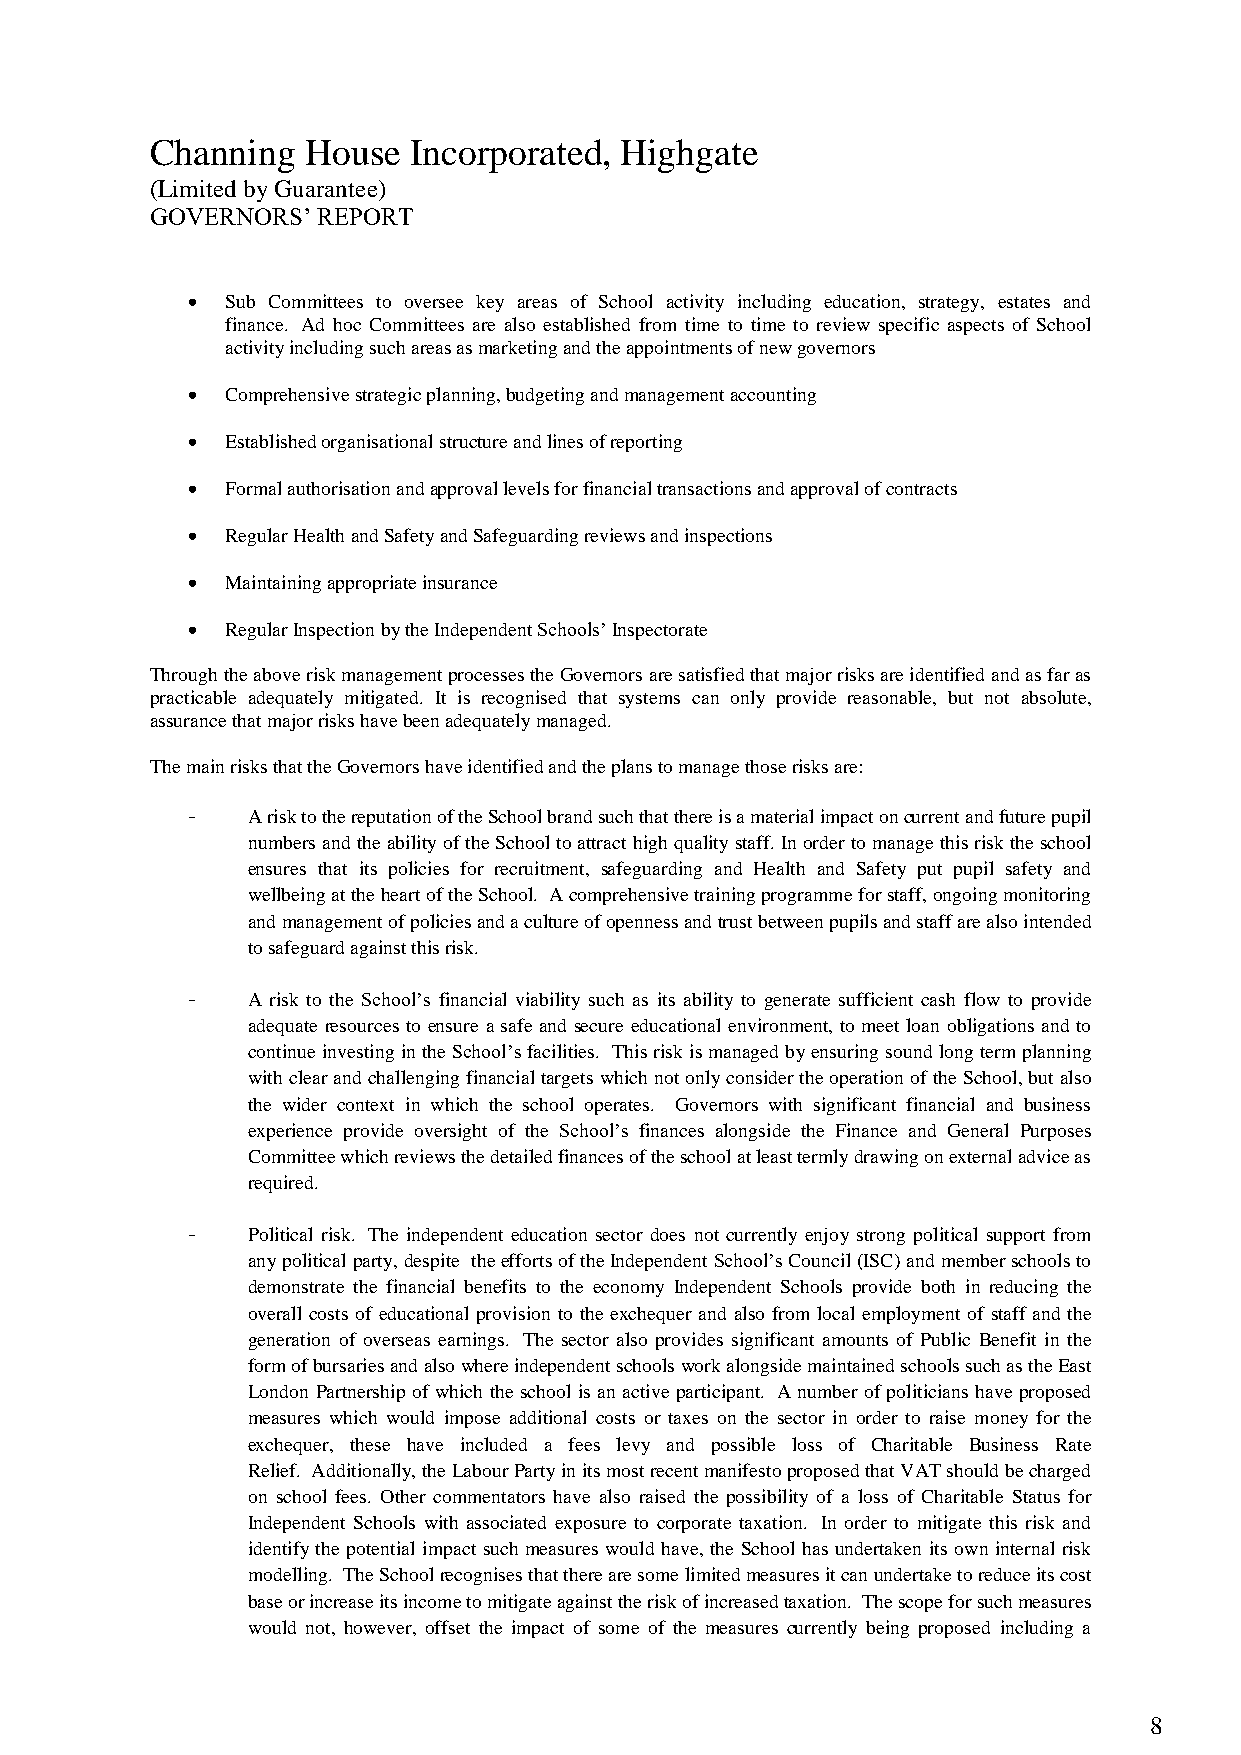
Channing  House  Incorporated, Highgate
 (Limited by Guarantee)
 GOVERNORS’ REPORT
 •  Sub Committees to oversee key areas of School activity including education, strategy, estates and
 finance. Ad hoc Committees are also established from time to time to review specific aspects of School
 activity including such areas as marketing and the appointments of new governors
 •  Comprehensive strategic planning, budgeting and management accounting
 •  Established organisational structure and lines of reporting
 •  Formal authorisation and approval levels for financial transactions and approval of contracts
 •  Regular Health and Safety and Safeguarding reviews and inspections
 •  Maintaining appropriate insurance
 •  Regular Inspection by the Independent Schools’ Inspectorate
 Through the above risk management processes the Governors are satisfied that major risks are identified and as far as
 practicable adequately mitigated. It is recognised that systems can only provide reasonable, but not absolute,
 assurance that major risks have been adequately managed.
 The main risks that the Governors have identified and the plans to manage those risks are:
 -   A risk to the reputation of the School brand such that there is a material impact on current and future pupil
 numbers and the ability of the School to attract high quality staff. In order to manage this risk the school
 ensures that its policies for recruitment, safeguarding and Health and Safety put pupil safety and
 wellbeing at the heart of the School. A comprehensive training programme for staff, ongoing monitoring
 and management of policies and a culture of openness and trust between pupils and staff are also intended
 to safeguard against this risk.
 -   A risk to the School’s financial viability such as its ability to generate sufficient cash flow to provide
 adequate resources to ensure a safe and secure educational environment, to meet loan obligations and to
 continue investing in the School’s facilities. This risk is managed by ensuring sound long term planning
 with clear and challenging financial targets which not only consider the operation of the School, but also
 the wider context in which the school operates. Governors with significant financial and business
 experience provide oversight of the School’s finances alongside the Finance and General Purposes
 Committee which reviews the detailed finances of the school at least termly drawing on external advice as
 required.
 -   Political risk. The independent education sector does not currently enjoy strong political support from
 any political party, despite the efforts of the Independent School’s Council (ISC) and member schools to
 demonstrate the financial benefits to the economy Independent Schools provide both in reducing the
 overall costs of educational provision to the exchequer and also from local employment of staff and the
 generation of overseas earnings. The sector also provides significant amounts of Public Benefit in the
 form of bursaries and also where independent schools work alongside maintained schools such as the East
 London Partnership of which the school is an active participant. A number of politicians have proposed
 measures which would impose additional costs or taxes on the sector in order to raise money for the
 exchequer, these have included a fees levy and possible loss of Charitable Business Rate
 Relief. Additionally, the Labour Party in its most recent manifesto proposed that VAT should be charged
 on school fees. Other commentators have also raised the possibility of a loss of Charitable Status for
 Independent Schools with associated exposure to corporate taxation. In order to mitigate this risk and
 identify the potential impact such measures would have, the School has undertaken its own internal risk
 modelling. The School recognises that there are some limited measures it can undertake to reduce its cost
 base or increase its income to mitigate against the risk of increased taxation. The scope for such measures
 would not, however, offset the impact of some of the measures currently being proposed including a
 8